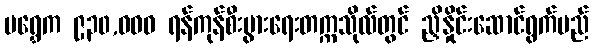
မရွှေက ၉၃၀,ဝဝဝ ရန်ကုန်စီးပွားရေးတက္ကသိုလ်တွင် ညှိနှိုင်းဆောင်ရွက်မည်